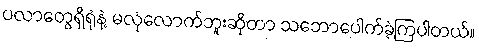
ပလာတွေရှိရုံနဲ့ မလုံလောက်ဘူးဆိုတာ သဘောပေါက်ခဲ့ကြပါတယ်။